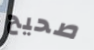
صحيح